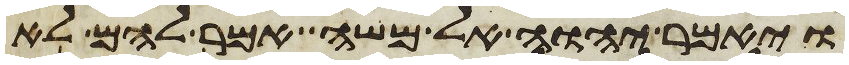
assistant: ויאמר יהוה אל משה אמר להם לא